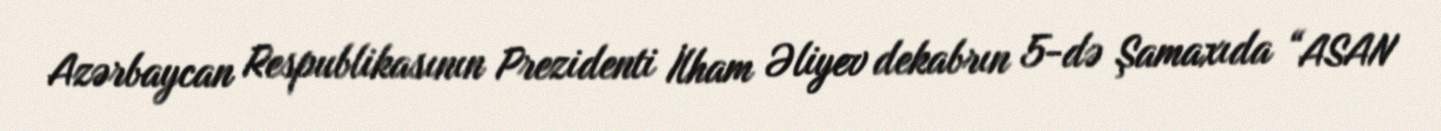
Azərbaycan Respublikasının Prezidenti İlham Əliyev dekabrın 5-də Şamaxıda “ASAN